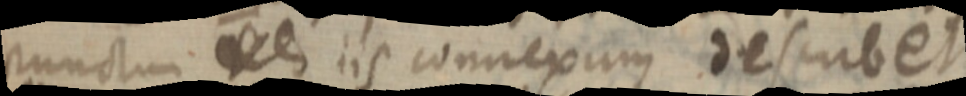
punctum _ iis connexum describet